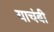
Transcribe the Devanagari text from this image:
याचंबी